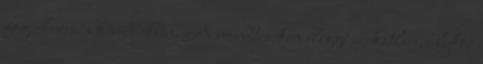
fog okozni a későbbiekben. A soundtracken eléggé szokatlan, olykor